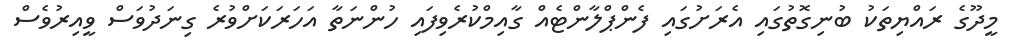
މީދޫގެ ރައްޔިތަކު ބުނިގޮތުގައި އެރަށުގައި ފެންޕްލާންޓެއް ގާއިމްކުރެވިފައި ހުންނަތާ އަހަރަކަށްވުރެ ގިނަދުވަސް ވީއިރުވެސް